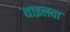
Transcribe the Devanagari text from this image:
थाइलवा